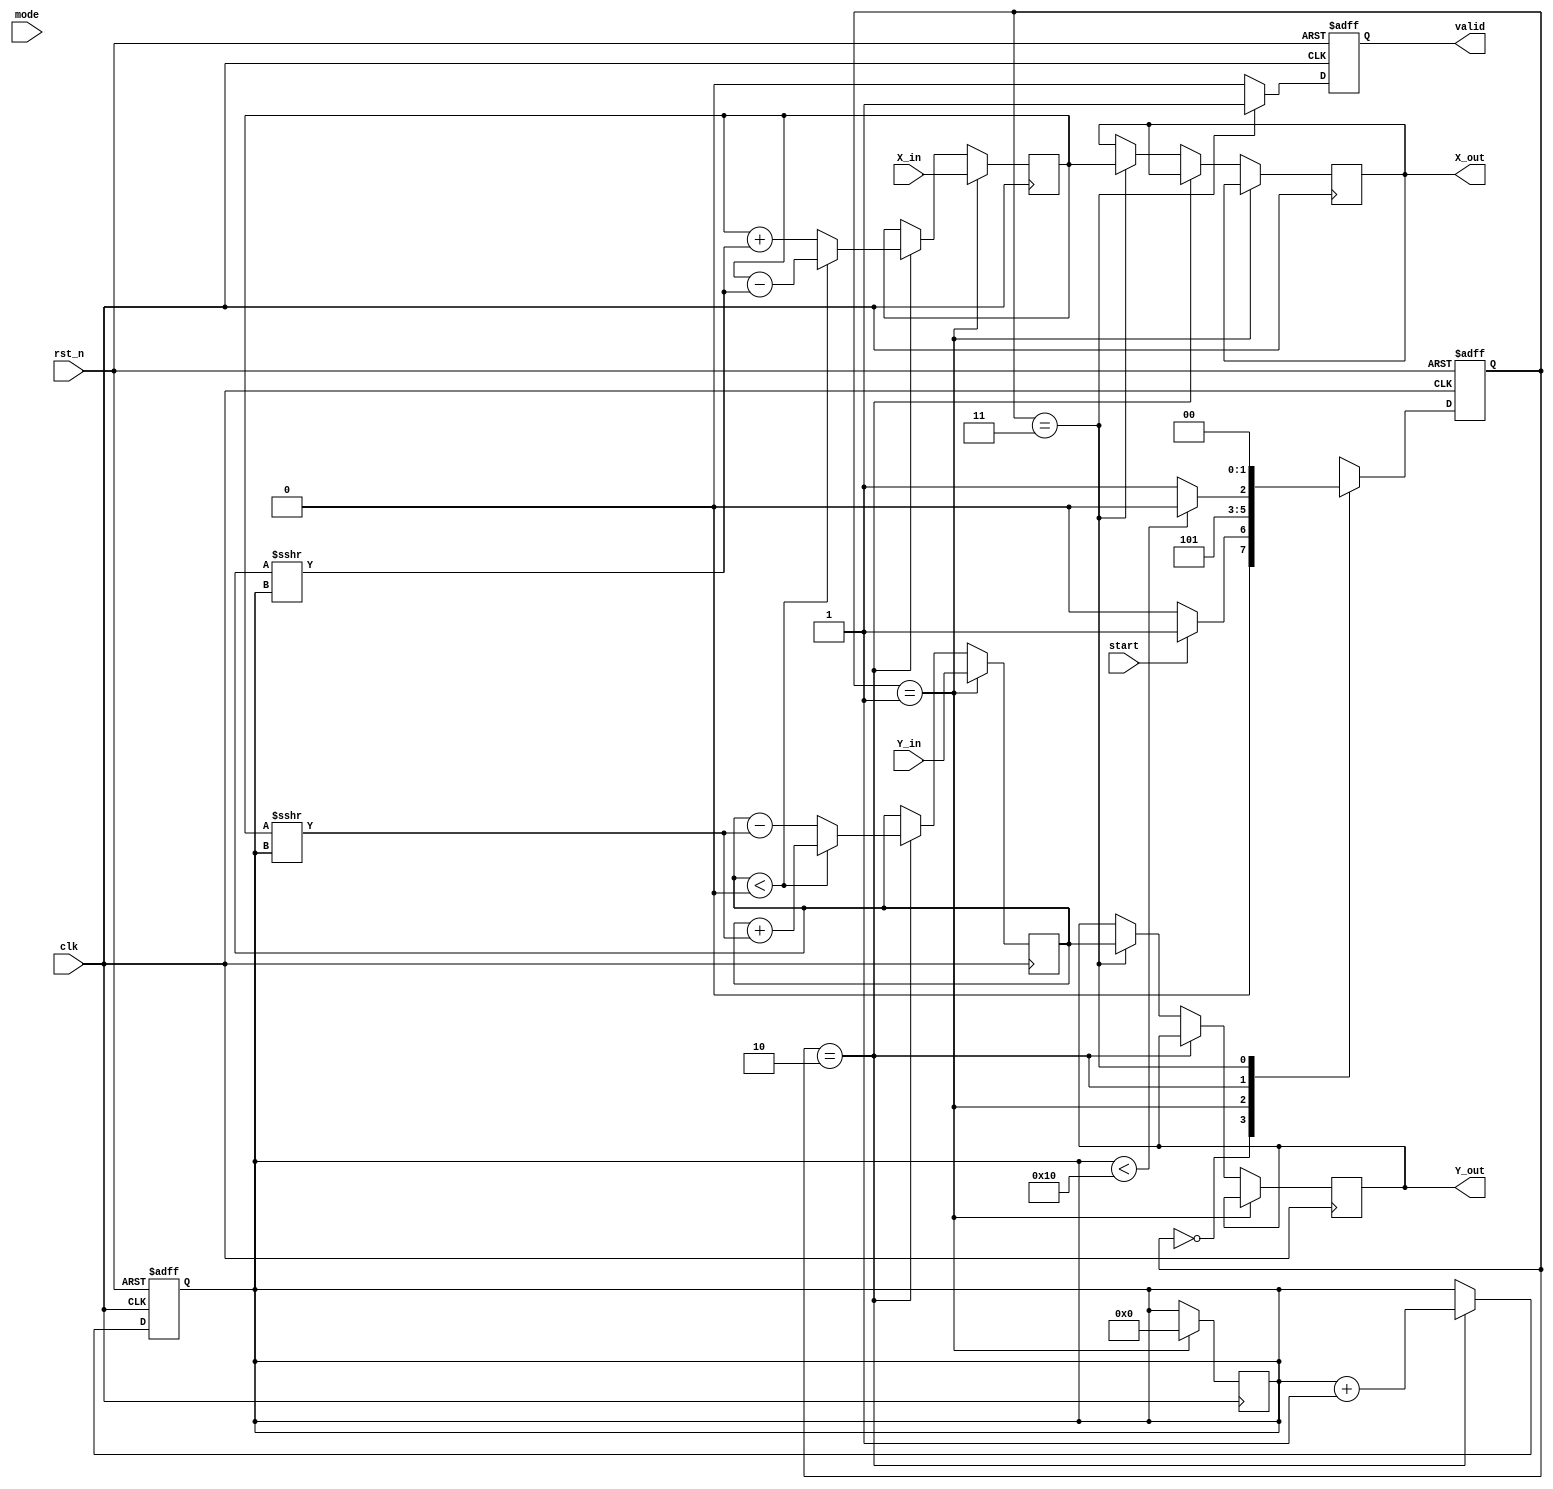
module hyperbolic_cordic #(
    parameter N = 16, // Number of iterations
    parameter WIDTH = 16 // Bit-width for X and Y
)(
    input wire clk,
    input wire rst_n,
    input wire [WIDTH-1:0] X_in, // Input X
    input wire [WIDTH-1:0] Y_in, // Input Y
    input wire [1:0] mode, // Mode selector: 00=sinh, 01=cosh, 10=asinh, 11=acosh
    input wire start, // Start signal
    output reg [WIDTH-1:0] X_out, // Output X
    output reg [WIDTH-1:0] Y_out, // Output Y
    output reg valid // Output valid signal
);

    // Internal registers
    reg [WIDTH-1:0] X_reg, Y_reg;
    reg [4:0] iteration; // Iteration counter
    reg [WIDTH-1:0] angle; // Angle for hyperbolic rotation
    reg [1:0] state, next_state;

    // State encoding
    localparam IDLE = 2'b00,
               INIT = 2'b01,
               ITERATE = 2'b10,
               DONE = 2'b11;

    // Pre-computed hyperbolic angles (for simplicity, using fixed values)
    reg [WIDTH-1:0] angles [0:N-1];
    initial begin
        // Initialize angles for CORDIC (hyperbolic)
        angles[0] = 16'h1; // Example values, should be replaced with actual hyperbolic angles
        angles[1] = 16'h2; // ...
        // Fill in the rest of the angles
    end

    // State transition logic
    always @(posedge clk or negedge rst_n) begin
        if (!rst_n) begin
            state <= IDLE;
            iteration <= 0;
            valid <= 0;
        end else begin
            state <= next_state;
            if (state == ITERATE) begin
                iteration <= iteration + 1;
            end
            if (state == DONE) begin
                valid <= 1;
            end else begin
                valid <= 0;
            end
        end
    end

    // Next state logic
    always @(*) begin
        case (state)
            IDLE: begin
                if (start) begin
                    next_state = INIT;
                end else begin
                    next_state = IDLE;
                end
            end
            INIT: begin
                next_state = ITERATE;
            end
            ITERATE: begin
                if (iteration < N) begin
                    next_state = ITERATE;
                end else begin
                    next_state = DONE;
                end
            end
            DONE: begin
                next_state = IDLE;
            end
            default: next_state = IDLE;
        endcase
    end

    // CORDIC iteration logic
    always @(posedge clk) begin
        if (state == INIT) begin
            X_reg <= X_in;
            Y_reg <= Y_in;
            iteration <= 0;
        end else if (state == ITERATE) begin
            // Hyperbolic rotation logic
            if (Y_reg < 0) begin
                X_reg <= X_reg - (Y_reg >>> iteration);
                Y_reg <= Y_reg + (X_reg >>> iteration);
            end else begin
                X_reg <= X_reg + (Y_reg >>> iteration);
                Y_reg <= Y_reg - (X_reg >>> iteration);
            end
        end else if (state == DONE) begin
            X_out <= X_reg;
            Y_out <= Y_reg;
        end
    end

endmodule